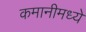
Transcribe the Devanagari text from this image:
कमानीमध्ये